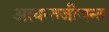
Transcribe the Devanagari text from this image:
अत्यन्तजीवन्त